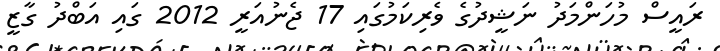
ރައީސް މުހަންމަދު ނަޝީދުގެ ވެރިކަމުގައި 17 ޖެނުއަރީ 2012 ގައި އަބްދު ގާޒީ